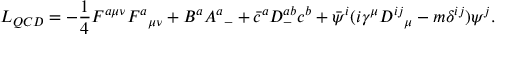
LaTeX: { \cal L } _ { Q C D } = - { \frac { 1 } { 4 } } F ^ { a \mu \nu } { F ^ { a } } _ { \mu \nu } + B ^ { a } { A ^ { a } } _ { - } + { \bar { c } } ^ { a } { \cal D } _ { - } ^ { a b } c ^ { b } + { \bar { \psi } } ^ { i } ( i \gamma ^ { \mu } { D ^ { i j } } _ { \mu } - m \delta ^ { i j } ) \psi ^ { j } . \nonumber